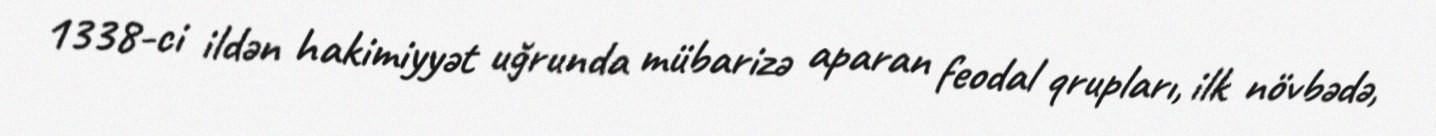
1338-ci ildən hakimiyyət uğrunda mübarizə aparan feodal qrupları, ilk növbədə,